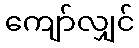
ကျော်လျှင်